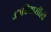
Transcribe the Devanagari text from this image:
आदिवासींशी